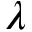
\lambda